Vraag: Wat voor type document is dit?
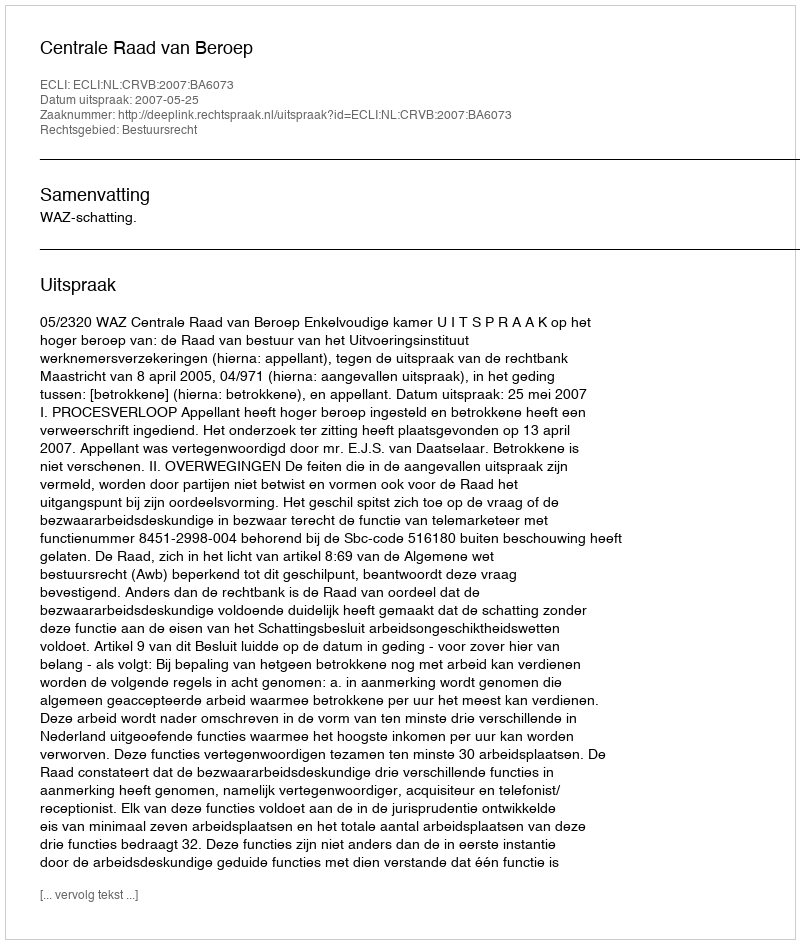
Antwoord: Uitspraak